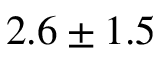
2 . 6 \pm 1 . 5